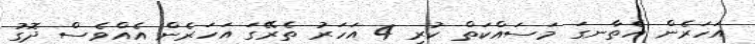
އަހަރެން އެތާނގަ މަސައްކަތް ކުރި 4 އަހަރު ތެރޭގަ އަހަރެން އެއްވެސް ދޮގު